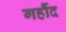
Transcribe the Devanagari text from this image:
गर्हौद